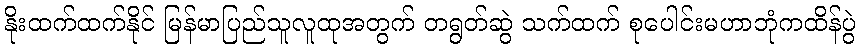
နိုးထက်ထက်နိုင် မြန်မာပြည်သူလူထုအတွက် တရွတ်ဆွဲ သက်ထက် စုပေါင်းမဟာဘုံကထိန်ပွဲ